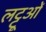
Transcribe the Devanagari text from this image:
लट्टूओं